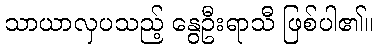
သာယာလှပသည့် နွေဦးရာသီ ဖြစ်ပါ၏။